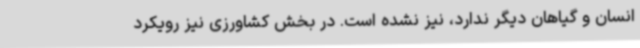
انسان و گیاهان دیگر ندارد، نیز نشده است. در بخش کشاورزی نیز رویکرد